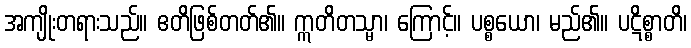
အကျိုးတရားသည်။ ဧတိဖြစ်တတ်၏။ ဣတိတသ္မာ၊ ကြောင့်။ ပစ္စယော၊ မည်၏။ ပဋိစ္စာတိ၊